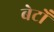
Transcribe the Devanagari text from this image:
बेटोँ